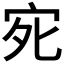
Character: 𭓩